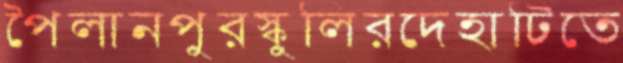
পৈলানপুরস্কুলিরদেহাটিতে